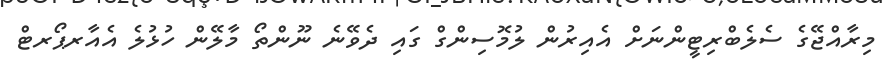
މިރާއްޖޭގެ ސެލެބްރިޓީންނަށް އެއިރުން ލުމޮސިންގް ގައި ދެވޭނެ ނޫންތޯ މާލޭން ހުޅުލެ އެއާރޕޯރޓް